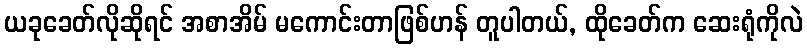
ယခုခေတ်လိုဆိုရင် အစာအိမ် မကောင်းတာဖြစ်ဟန် တူပါတယ်, ထိုခေတ်က ဆေးရုံကိုလဲ